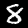
Digit: 8